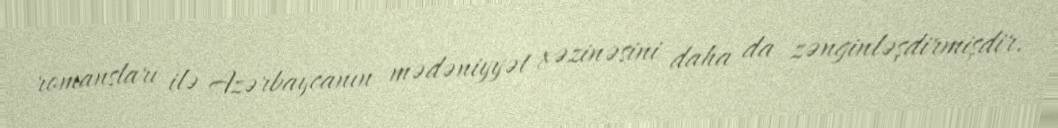
romansları ilə Azərbaycanın mədəniyyət xəzinəsini daha da zənginləşdirmişdir.